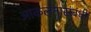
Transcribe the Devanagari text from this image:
आकलनासंबंधी